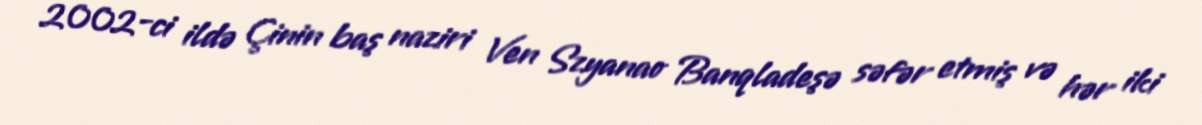
2002-ci ildə Çinin baş naziri Ven Szyanao Banqladeşə səfər etmiş və hər iki